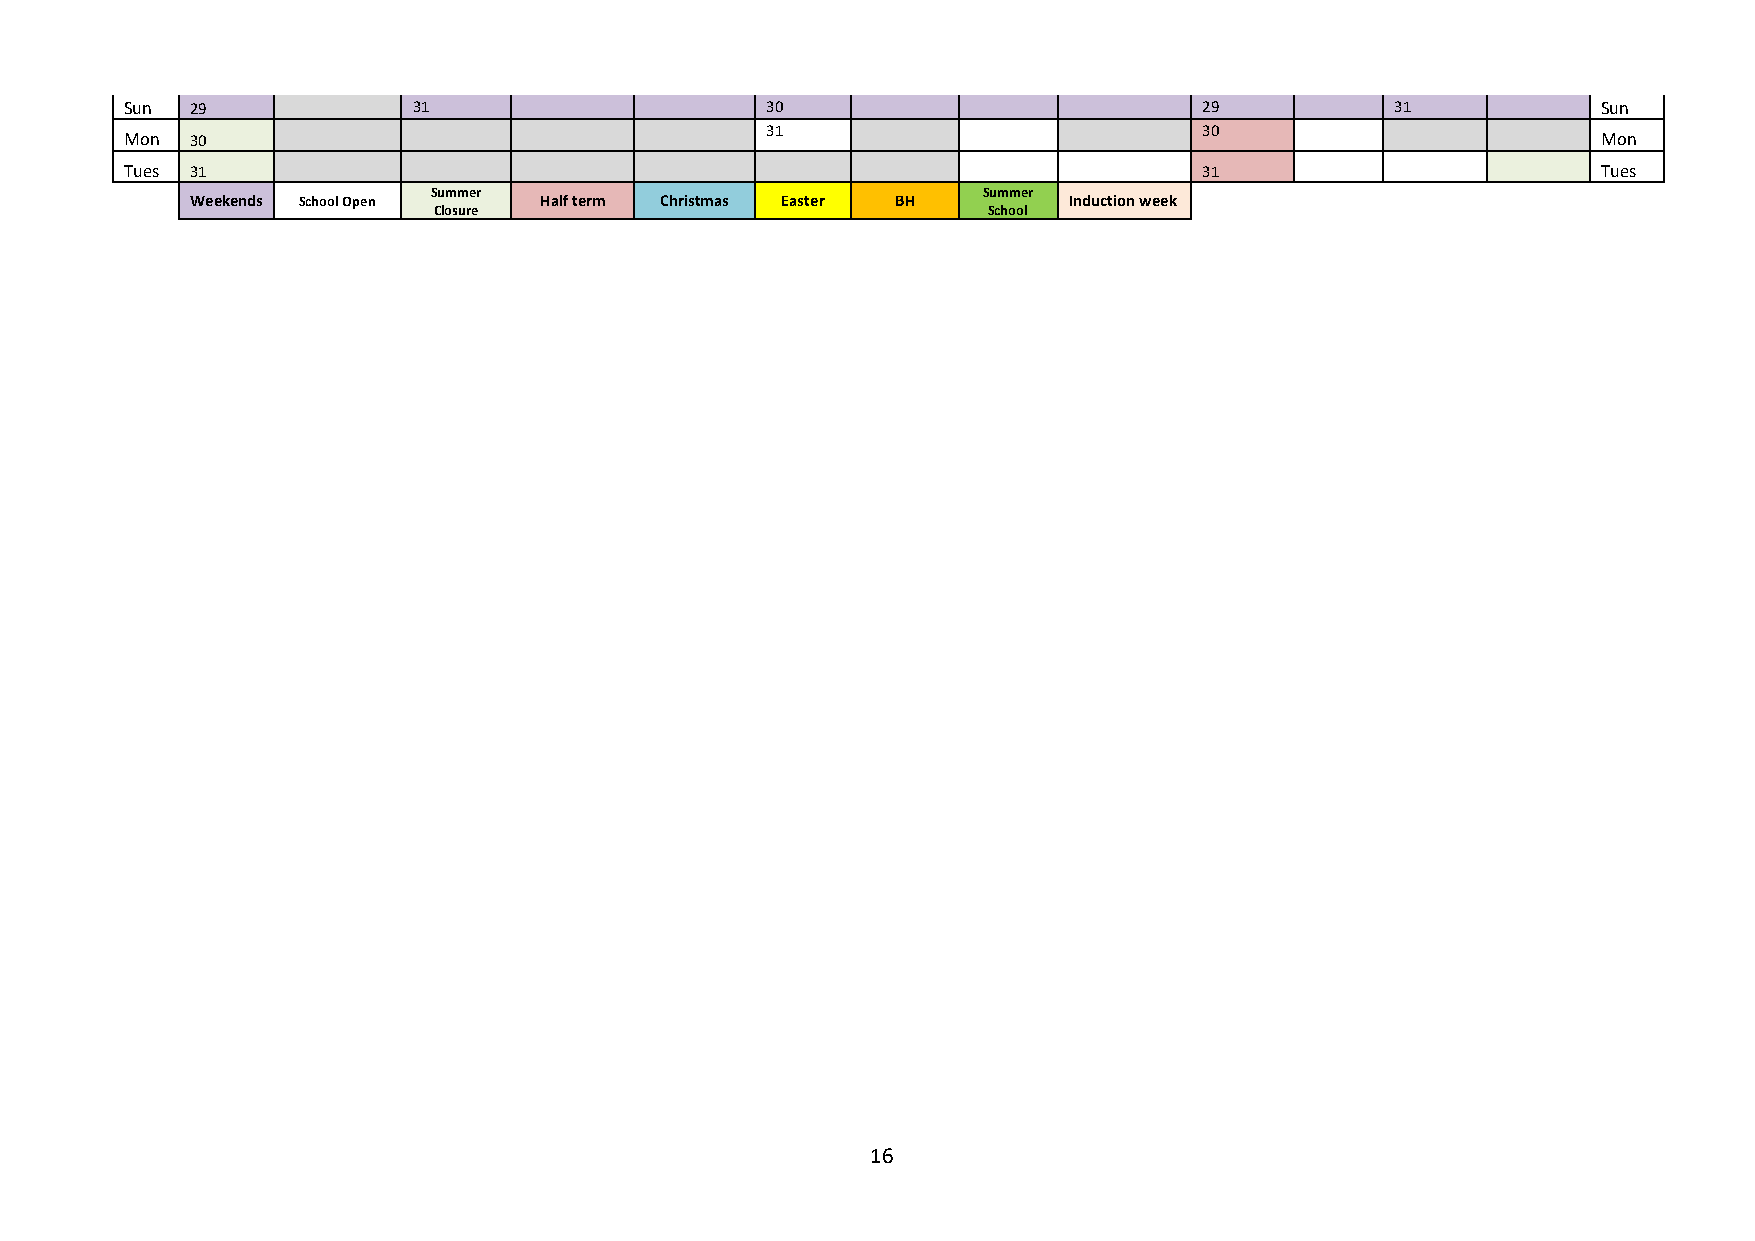
Sun  29            31                      30                           29          31            Sun
 31                           30
 Mon  30                                                                                           Mon
 Tues 31                                                                 31                        Tues
 Summer                              Summer
 Weekends School Open   Half term Christmas Easter BH      Induction week
 Closure                             School
 16